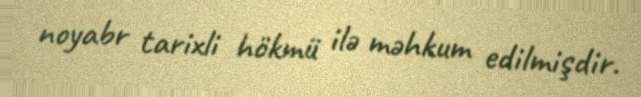
noyabr tarixli hökmü ilə məhkum edilmişdir.